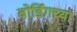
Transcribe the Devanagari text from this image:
बोर्डिंगच्या